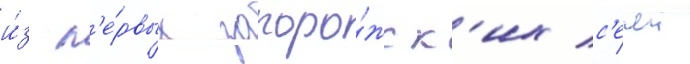
и́з п'е́рвых запоро́жск'их с'ечеи